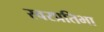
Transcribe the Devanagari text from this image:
स्वरप्रतिभा